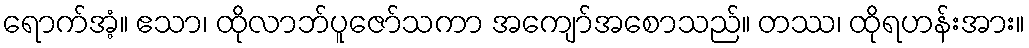
ရောက်အံ့။ ဧသာ၊ ထိုလာဘ်ပူဇော်သကာ အကျော်အစောသည်။ တဿ၊ ထိုရဟန်းအား။